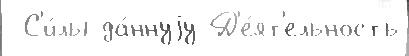
 С'и́лы да́ннуjу Д'е́ят'ельность